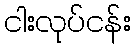
ငါးလုပ်ငန်း